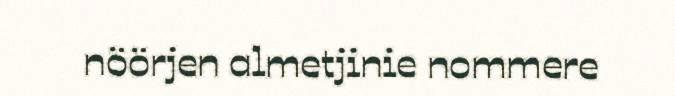
nöörjen almetjinie nommere